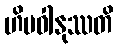
ဟိမဝါနုဿတိ